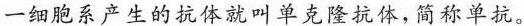
一细胞系产生的抗体就叫单克隆抗体，简称单抗。